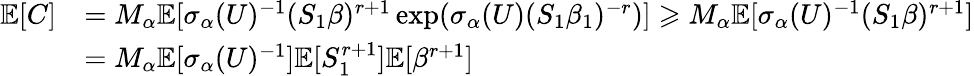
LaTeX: \begin{array}{rl}{\mathbb{E}[C]}&{=M_{\alpha}\mathbb{E}[\sigma_{\alpha}(U)^{-1}(S_{1}\beta)^{r+1}\exp(\sigma_{\alpha}(U)(S_{1}\beta_{1})^{-r})]\geqslant M_{\alpha}\mathbb{E}[\sigma_{\alpha}(U)^{-1}(S_{1}\beta)^{r+1}]}\\ &{=M_{\alpha}\mathbb{E}[\sigma_{\alpha}(U)^{-1}]\mathbb{E}[S_{1}^{r+1}]\mathbb{E}[\beta^{r+1}]}\end{array}